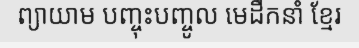
ព្យាយាម បញ្ចុះបញ្ចូល មេដឹកនាំ ខ្មែរ